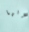
فإنها